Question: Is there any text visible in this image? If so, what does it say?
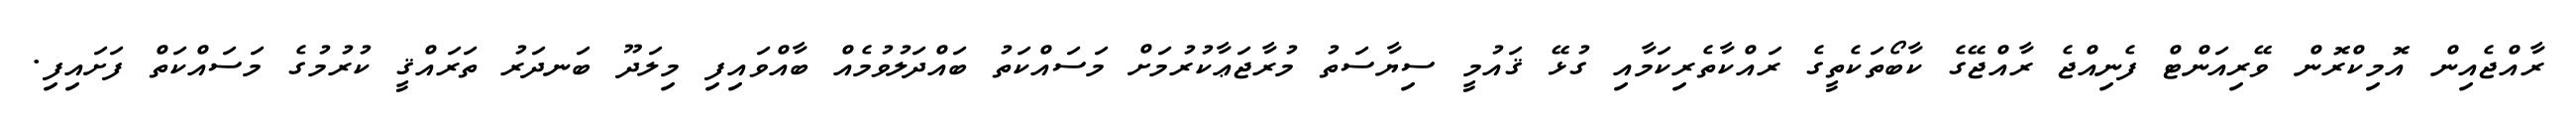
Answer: ރާއްޖެއިން އޮމިކްރޮން ވޭރިއަންޓް ފެނިއްޖެ ރާއްޖޭގެ ކާބޯތަކެތީގެ ރައްކާތެރިކަމާއި ގުޅޭ ޤައުމީ ސިޔާސަތު މުރާޖަޢާކުރުމަށް މަސައްކަތު ބައްދަލުވުމެއް ބާއްވައިފި މިލަދޫ ބަނދަރު ތަރައްޤީ ކުރުމުގެ މަސައްކަތް ފަށައިފި.